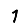
Digit: 1